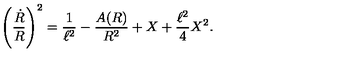
\left( { \frac { \dot { R } } { R } } \right) ^ { 2 } = { \frac { 1 } { \ell ^ { 2 } } } - { \frac { A ( R ) } { R ^ { 2 } } } + X + { \frac { \ell ^ { 2 } } { 4 } } X ^ { 2 } .